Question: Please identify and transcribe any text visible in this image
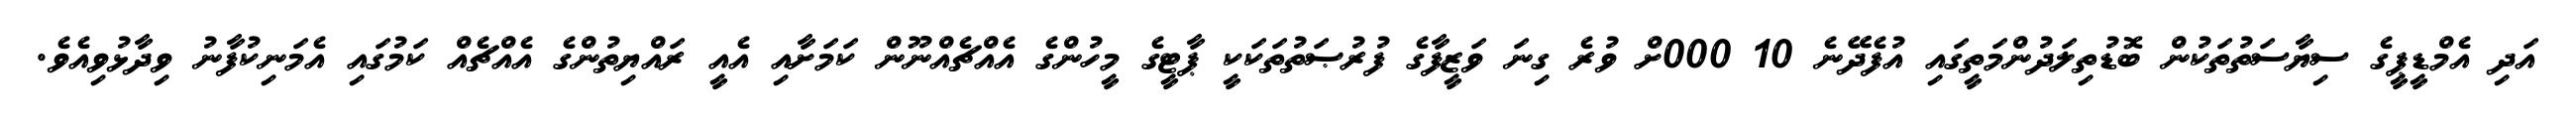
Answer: އަދި އެމްޑީޕީގެ ސިޔާސަތުތަކުން ބޮޑުތިލަދުންމަތީގައި އުފެދޭނެ 10 000ށް ވުރެ ގިނަ ވަޒީފާގެ ފުރުޞަތުތަކަކީ ޕާޓީގެ މީހުންގެ އެއްޗެއްނޫން ކަމަށާއި އެއީ ރައްޔިތުންގެ އެއްޗެއް ކަމުގައި އެމަނިކުފާނު ވިދާޅުވިއެވެ.